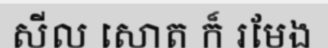
សីល សោត ក៏ រមែង